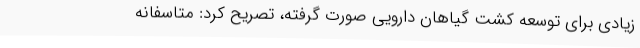
زیادی برای توسعه کشت گیاهان دارویی صورت گرفته، تصریح کرد: متاسفانه